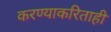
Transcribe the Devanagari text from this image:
करण्याकरिताही